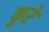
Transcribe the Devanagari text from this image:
कुरे